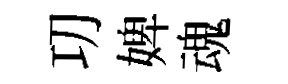
㓛婢魂